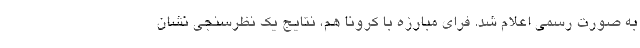
به صورت رسمی اعلام شد. فرای مبارزه با کرونا هم، نتایج یک نظرسنجی نشان